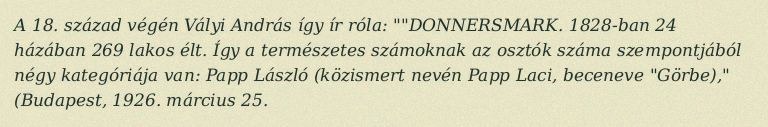
A 18. század végén Vályi András így ír róla: ""DONNERSMARK. 1828-ban 24 házában 269 lakos élt. Így a természetes számoknak az osztók száma szempontjából négy kategóriája van: Papp László (közismert nevén Papp Laci, beceneve "Görbe)," (Budapest, 1926. március 25.